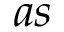
a s